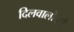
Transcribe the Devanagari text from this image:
दिलवालोंकी